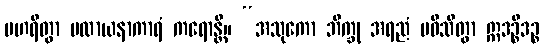
ပဟရိတွာ ပလာယနာကာရံ ကရောန္တိ။ “အသုကော ဘိက္ခု အရညံ ပဝိသိတွာ ဣဒဉ္စိဒဉ္စ